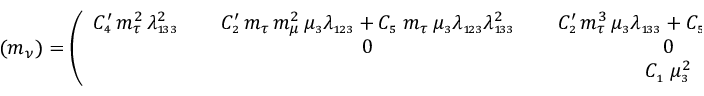
( m _ { \nu } ) = \left( \begin{array} { c c c } { { C _ { \scriptscriptstyle 4 } ^ { \prime } \, m _ { \tau } ^ { 2 } \, \lambda _ { \scriptscriptstyle 1 \! 3 3 } ^ { 2 } \; \; } } & { { \; \; C _ { \scriptscriptstyle 2 } ^ { \prime } \, m _ { \tau } \, m _ { \mu } ^ { 2 } \, \mu _ { \scriptscriptstyle 3 } \lambda _ { \scriptscriptstyle 1 \! 2 3 } + C _ { \scriptscriptstyle 5 } \; m _ { \tau } \, \mu _ { \scriptscriptstyle 3 } \lambda _ { \scriptscriptstyle 1 \! 2 3 } \lambda _ { \scriptscriptstyle 1 \! 3 3 } ^ { 2 } \; \; } } & { { \; \; C _ { \scriptscriptstyle 2 } ^ { \prime } \, m _ { \tau } ^ { 3 } \, \mu _ { \scriptscriptstyle 3 } \lambda _ { \scriptscriptstyle 1 \! 3 3 } + C _ { \scriptscriptstyle 5 } \; m _ { \tau } \, \mu _ { \scriptscriptstyle 3 } \lambda _ { \scriptscriptstyle 1 \! 3 3 } ^ { 3 } } } \\ { { } } & { { 0 } } & { { 0 } } \\ { { } } & { { } } & { { C _ { \scriptscriptstyle 1 } \; \mu _ { \scriptscriptstyle 3 } ^ { 2 } } } \end{array} \right) \; ,